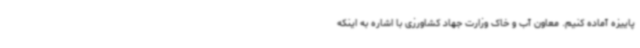
پاییزه آماده کنیم. معاون آب و خاک وزارت جهاد کشاورزی با اشاره به اینکه